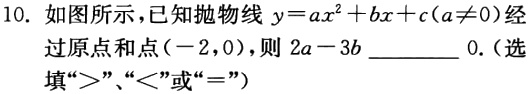
10. 如图所示，已知抛物线$y = ax^{2}+bx + c(a\neq0)$经过原点和点$(-2,0)$，则$2a - 3b$________$0$.（选填“$>$”、“$<$”或“$=$”）